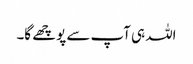
اللہ ہی آپ سے پوچھے گا۔